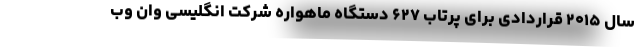
سال ۲۰۱۵ قراردادی برای پرتاب ۶۲۷ دستگاه ماهواره شرکت انگلیسی وان وب